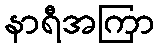
နာရီအကြာ